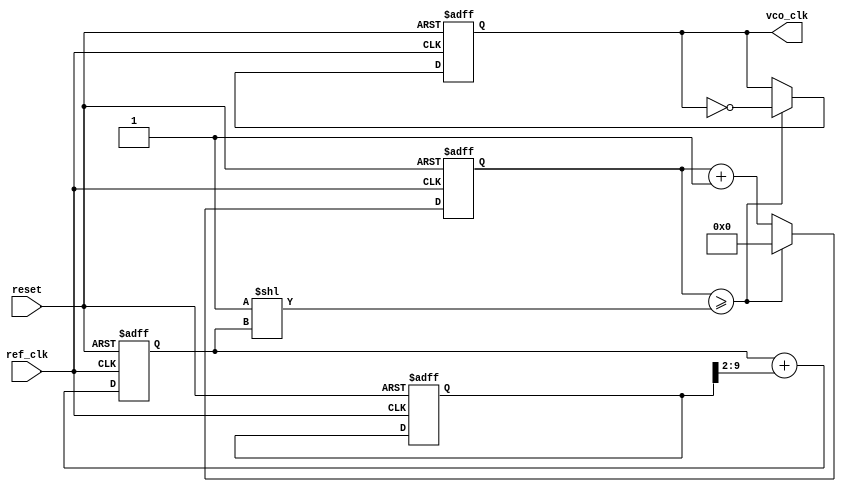
module dual_loop_pll (
    input wire ref_clk,         // Reference clock input
    input wire reset,          // Reset signal
    output wire vco_clk        // VCO generated clock output
);

// Parameters for tuning
parameter PHASE_ERROR_WIDTH = 8; // Width of phase error signal
parameter CONTROL_VOLTAGE_WIDTH = 10; // Width of control voltage
parameter LOOP_FILTER_WIDTH = 10; // Width of loop filter output

// Internal signals
reg [PHASE_ERROR_WIDTH-1:0] phase_error; // Phase error from PD
reg [CONTROL_VOLTAGE_WIDTH-1:0] control_voltage; // Control voltage from loop filter
reg [LOOP_FILTER_WIDTH-1:0] fast_loop_filter; // Fast loop filter output
reg [LOOP_FILTER_WIDTH-1:0] slow_loop_filter; // Slow loop filter output
reg [31:0] vco_counter; // VCO frequency divider counter
reg vco_clk_reg; // VCO clock output register

// Phase Detector (PD)
always @(posedge ref_clk or posedge reset) begin
    if (reset) begin
        phase_error <= 0;
    end else begin
        // Phase detection logic (simplified)
        // Here, implement the phase comparison and error signal generation
        // Example: phase_error = ref_clk - vco_clk; // Simplified
        // For your application, implement the specific phase comparison logic
    end
end

// Charge Pump (CP)
always @(posedge ref_clk or posedge reset) begin
    if (reset) begin
        control_voltage <= 0;
    end else begin
        // Charge pump logic to convert phase error into control voltage
        // Example: control_voltage <= control_voltage + phase_error; // Simplified
        // Adjust based on phase error to charge or discharge
    end
end

// Loop Filter (Fast and Slow)
always @(posedge ref_clk or posedge reset) begin
    if (reset) begin
        fast_loop_filter <= 0;
        slow_loop_filter <= 0;
    end else begin
        // Fast loop filter - quick response to phase error
        fast_loop_filter <= control_voltage; // Example: directly passing control voltage

        // Slow loop filter - integrating over time for stability
        slow_loop_filter <= slow_loop_filter + (control_voltage >> 2); // Simple integrator, adjust as needed
    end
end

// Voltage-Controlled Oscillator (VCO)
always @(posedge ref_clk or posedge reset) begin
    if (reset) begin
        vco_counter <= 0;
        vco_clk_reg <= 0;
    end else begin
        // VCO logic - control frequency based on slow_loop_filter output
        // Example: Adjust the frequency of the VCO based on the slow loop filter output
        vco_counter <= vco_counter + 1;
        if (vco_counter >= (1 << slow_loop_filter)) begin // Adjust based on slow_loop_filter
            vco_clk_reg <= ~vco_clk_reg;
            vco_counter <= 0;
        end
    end
end

assign vco_clk = vco_clk_reg;

// Frequency Divider (Not implemented in this snippet)
// Implement additional frequency division logic if needed

endmodule